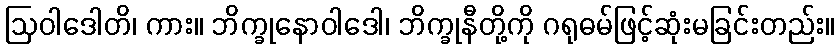
ဩဝါဒေါတိ၊ ကား။ ဘိက္ခုနောဝါဒေါ၊ ဘိက္ခုနီတို့ကို ဂရုဓမ်ဖြင့်ဆုံးမခြင်းတည်း။